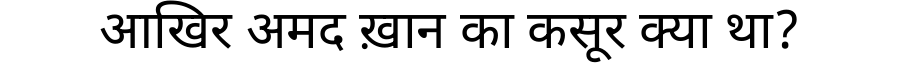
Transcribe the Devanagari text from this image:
आखिर अमद ख़ान का कसूर क्या था?